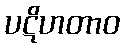
ပဋိဟတာဝ